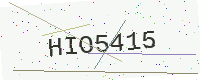
Text: HIO5415